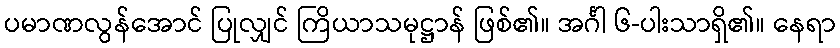
ပမာဏလွန်အောင် ပြုလျှင် ကြိယာသမုဋ္ဌာန် ဖြစ်၏။ အင်္ဂါ ၆-ပါးသာရှိ၏။ နေရာ